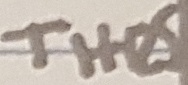
Text: THRS